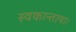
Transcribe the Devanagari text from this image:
स्वकान्तायाः